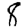
Digit: 8